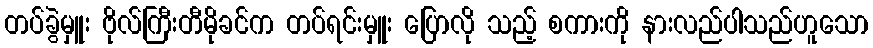
တပ်ခွဲမှူး ဗိုလ်ကြီးတီမိုခင်က တပ်ရင်းမှူး ပြောလို သည့် စကားကို နားလည်ပါသည်ဟူသော